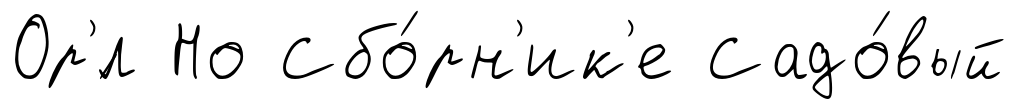
Ор'́л Но Сбо́рн'ик'е Садо́вый